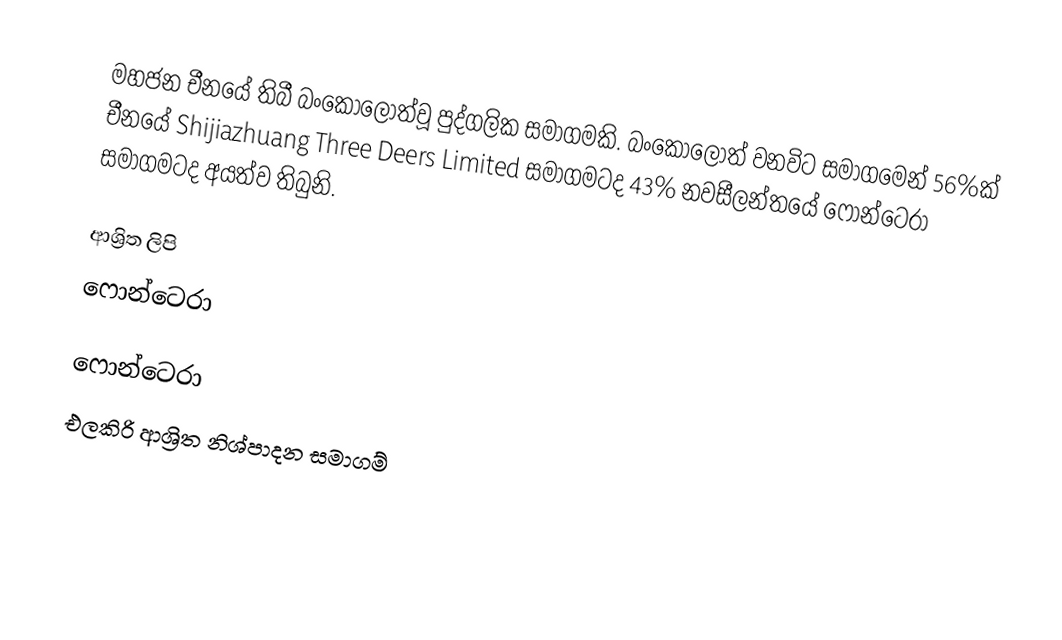
මහජන චීනයේ තිබී බංකොලොත්වූ පුද්ගලික සමාගමකි. බංකොලොත් වනවිට සමාගමෙන් 56%ක් චීනයේ Shijiazhuang Three Deers Limited සමාගමටද 43% නවසීලන්තයේ ෆොන්ටෙරා සමාගමටද අයත්ව තිබුනි.

ආශ්‍රිත ලිපි
 ෆොන්ටෙරා

ෆොන්ටෙරා
එලකිරි ආශ්‍රිත නිශ්පාදන සමාගම්